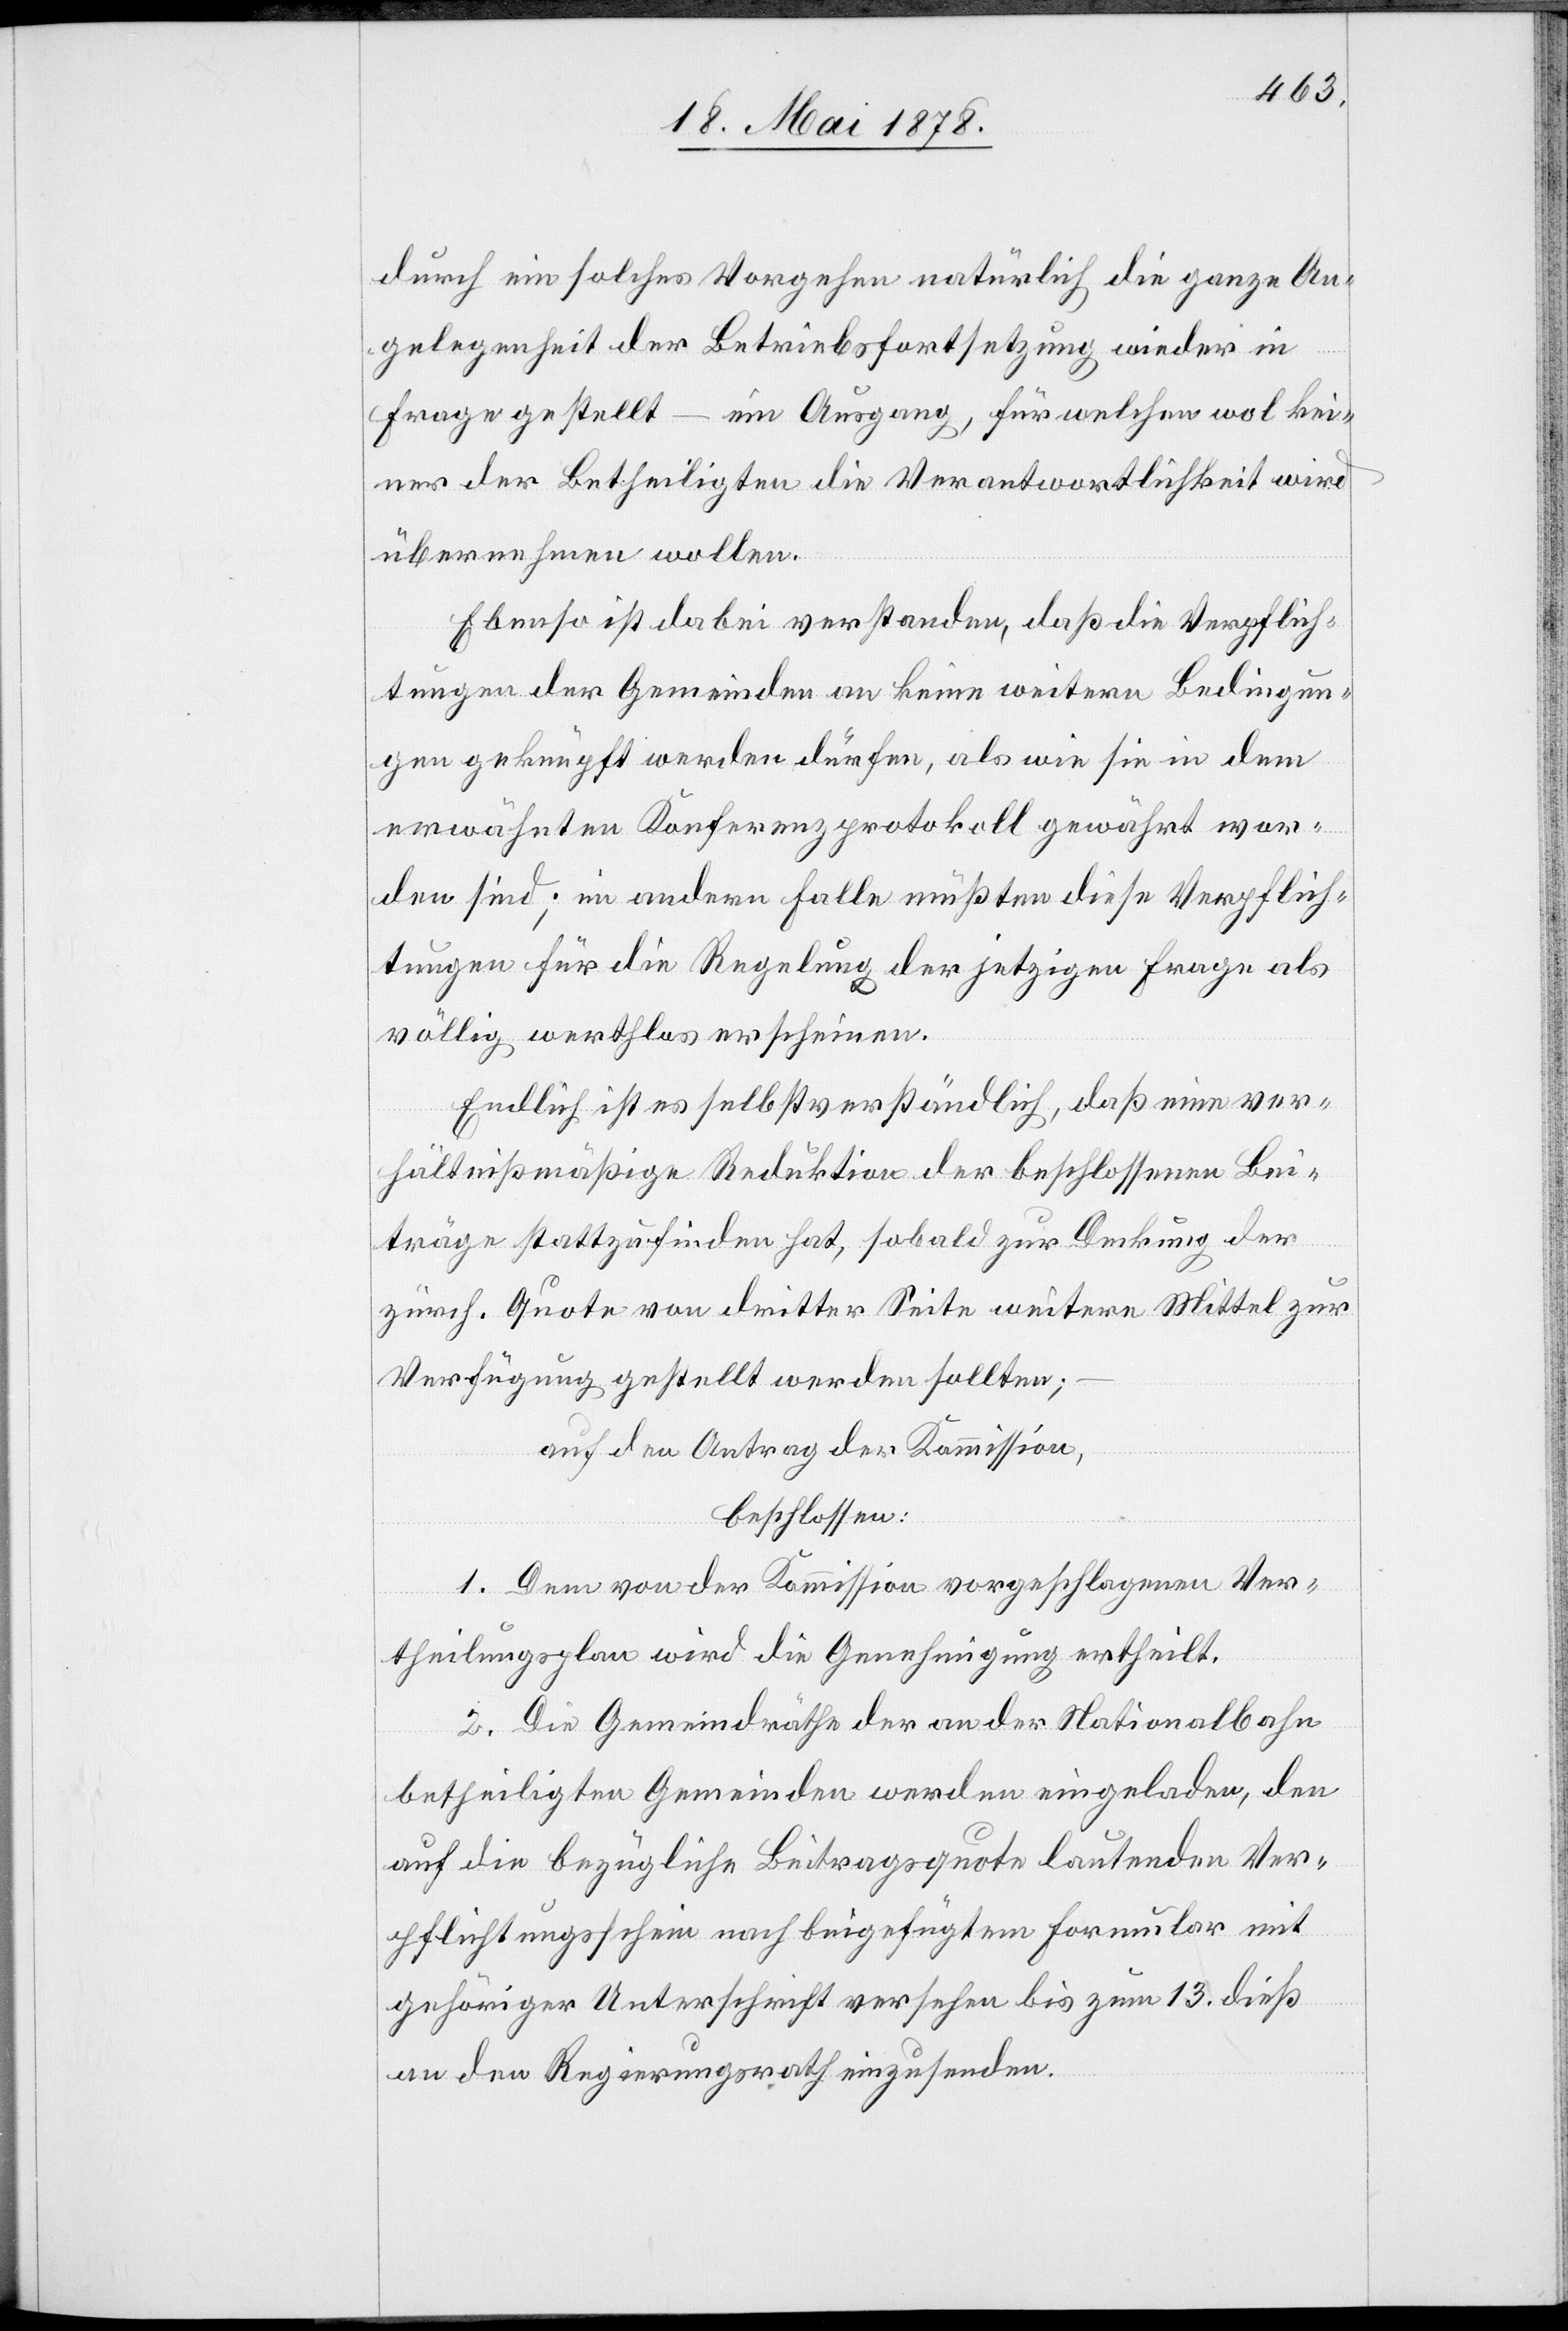
durch ein solches Vorgehen natürlich die ganze An¬
gelegenheit der Betriebsfortsetzung wieder in
Frage gestellt – ein Ausgang, für welchen wol kei¬
ner Betheiligten die Verantwortlichkeit wird
übernehmen wollen.
Ebenso ist dabei verstanden, daß die Verpflich¬
tungen der Gemeinden an keine weitern Bedingun¬
gen geknüpft werden dürfen, als wie sie in dem
erwähnten Konferenzprotokoll gewährt wor¬
den sind; im andern Falle müßten diese Verpflich¬
tungen für die Regelung der jetzigen Frage als
völlig werthlos erscheinen.
Endlich ist es selbstverständlich, daß eine ver¬
hältnißmäßige Reduktion der beschlossenen Bei¬
träge stattzufinden hat, sobald zur Deckung der
zürch. Quote von dritter Seite weitere Mittel zur
Verfügung gestellt werden sollten;
auf den Antrag der Kommission,
beschlossen:
1. Dem von der Kommission vorgeschlagenen Ver¬
theilungsplan wird die Genehmigung ertheilt.
2. Die Gemeindräthe der an der Nationalbahn
betheiligten Gemeinden werden eingeladen, den
auf die bezügliche Beitragsquote lautenden Ver¬
pflichtungsschein nach beigefügtem Formular mit
gehöriger Unterschrift versehen bis zum 13. dieß
an den Regierungsrath einzusenden.